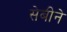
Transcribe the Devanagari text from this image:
सेबीने